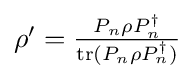
{\textstyle \rho '={\frac {P_{n}\rho P_{n}^{\dagger }}{\operatorname {tr} (P_{n}\rho P_{n}^{\dagger })}}}